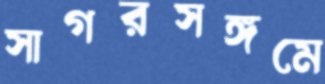
সাগরসঙ্গমে